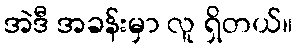
အဲဒီ အခန်းမှာ လူ ရှိတယ်။